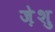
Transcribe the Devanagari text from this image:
ज़ेशु